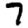
Digit: 7